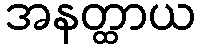
အနတ္ထာယ